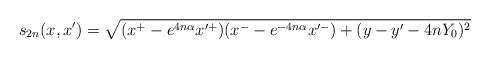
\begin{align*}s_{2n}(x,x') =\sqrt{(x^+ - e^{4n\alpha} x'^+)(x^- - e^{- 4n\alpha} x'^-)+ ( y - y' - 4n Y_0)^2}\end{align*}